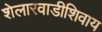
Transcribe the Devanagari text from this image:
शेलारवाडीशिवाय